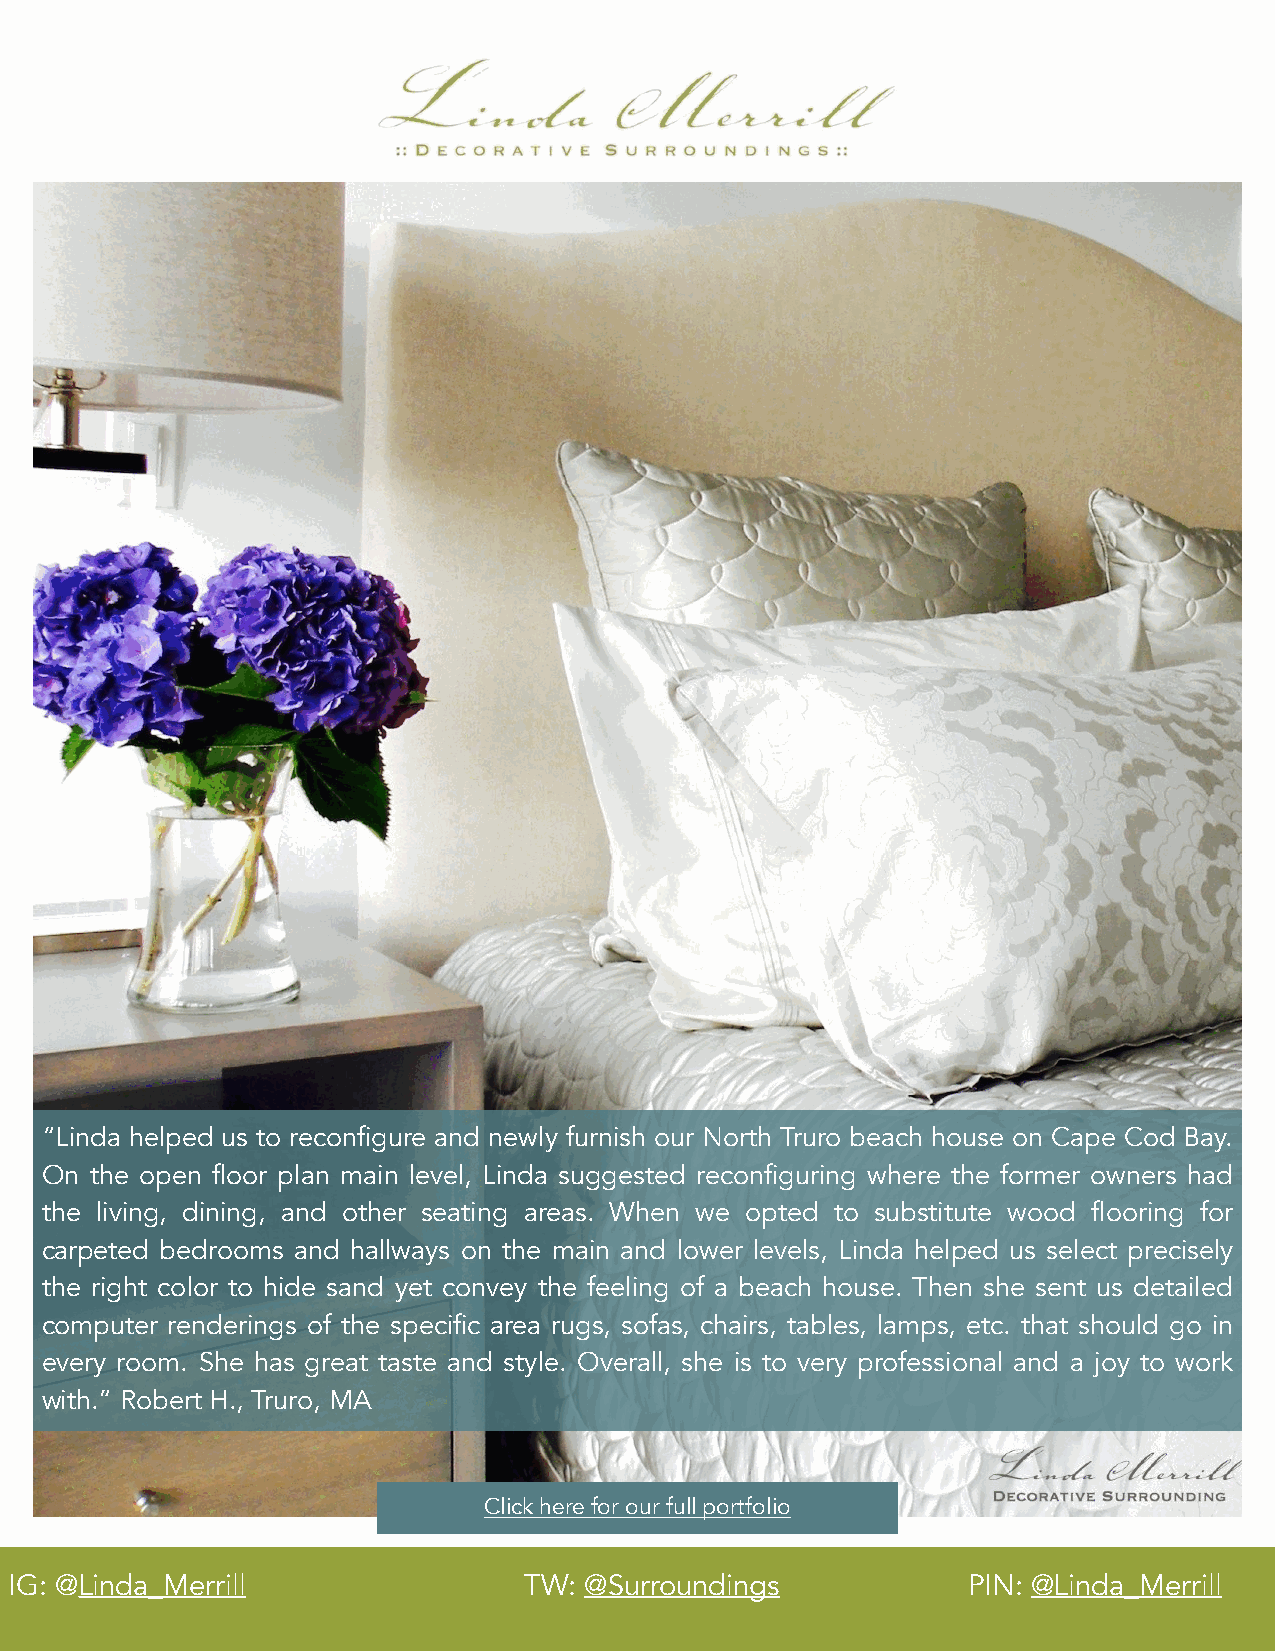
“Linda helped us to reconfigure and newly furnish our North Truro beach house on Cape Cod Bay.
 On the open floor plan main level, Linda suggested reconfiguring where the former owners had
 the living, dining, and other seating areas. When we opted to substitute wood flooring for
 carpeted bedrooms and hallways on the main and lower levels, Linda helped us select precisely
 the right color to hide sand yet convey the feeling of a beach house. Then she sent us detailed
 computer renderings of the specific area rugs, sofas, chairs, tables, lamps, etc. that should go in
 every room. She has great taste and style. Overall, she is to very professional and a joy to work
 with.” Robert H., Truro, MA
 Click here for our full portfolio
 IG: @Linda_Merrill                TW: @Surroundings            PIN: @Linda_Merrill